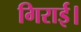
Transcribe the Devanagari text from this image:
गिराई।